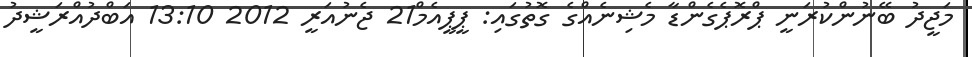
މަޖީދު ބޭނުންކުރަނީ ޕްރޮޕެގެންޑާ މެޝިނެއްގެ ގޮތުގައި: ޕީޕީއެމް21 ޖެނުއަރީ 2012 13:10 އަބްދުއްރަޝީދު